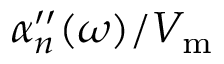
\alpha _ { n } ^ { \prime \prime } ( \omega ) / V _ { \mathrm { m } }